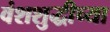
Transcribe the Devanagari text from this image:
वंशशुद्धीच्या